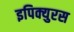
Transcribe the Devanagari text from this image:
इपिक्युरस